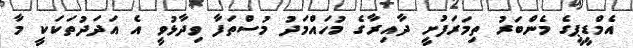
އެމްޑީޕީގެ މެންބަރު ތިމަރަފުށީ ދާއިރާގެ މުހައްމަދު މުސްތަފާ ވިދާޅުވީ އެ އަދަދުތަކަކީ މާ